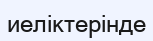
иеліктерінде